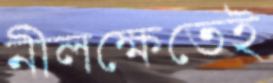
নীলক্ষেতেই